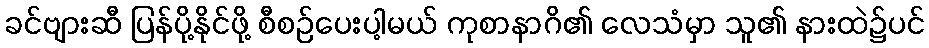
ခင်ဗျားဆီ ပြန်ပို့နိုင်ဖို့ စီစဉ်ပေးပါ့မယ် ကုစာနာဂိ၏ လေသံမှာ သူ၏ နားထဲ၌ပင်